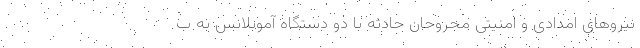
نیرو‌های امدادی و امنیتی مجروحان حادثه با دو دستگاه آموبلانس به ب